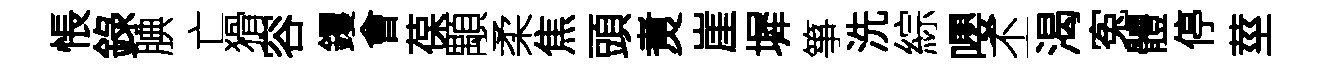
悵錄腆亡猾容钁㑹葆顒柔焦頭煑崖墀箏洗綜嚶丕渴寃體停莖